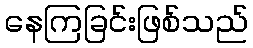
နေကြခြင်းဖြစ်သည်